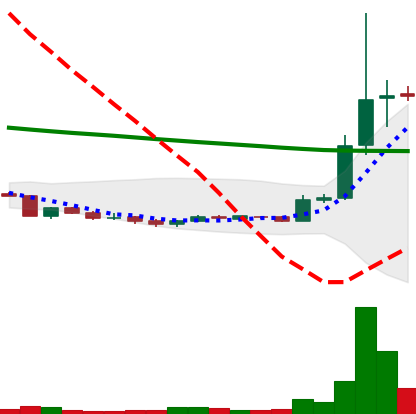
Ticker: XRP-USD
Chart end date: 2018-09-23
Forward return: -5.533%
Label: down_5_7